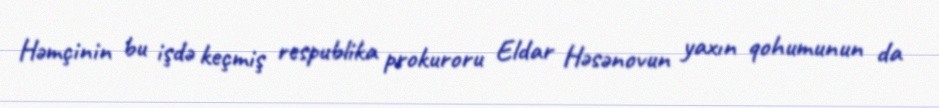
Həmçinin bu işdə keçmiş respublika prokuroru Eldar Həsənovun yaxın qohumunun da